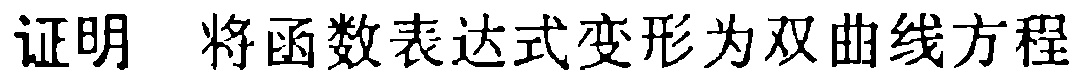
证明 将函数表达式变形为双曲线方程